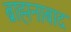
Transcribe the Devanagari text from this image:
ब्राह्मनाबाद